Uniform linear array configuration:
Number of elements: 48
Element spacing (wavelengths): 0.5
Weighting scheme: binomial
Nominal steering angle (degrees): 45
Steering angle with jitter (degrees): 44.379
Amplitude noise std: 0.05
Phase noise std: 0.05

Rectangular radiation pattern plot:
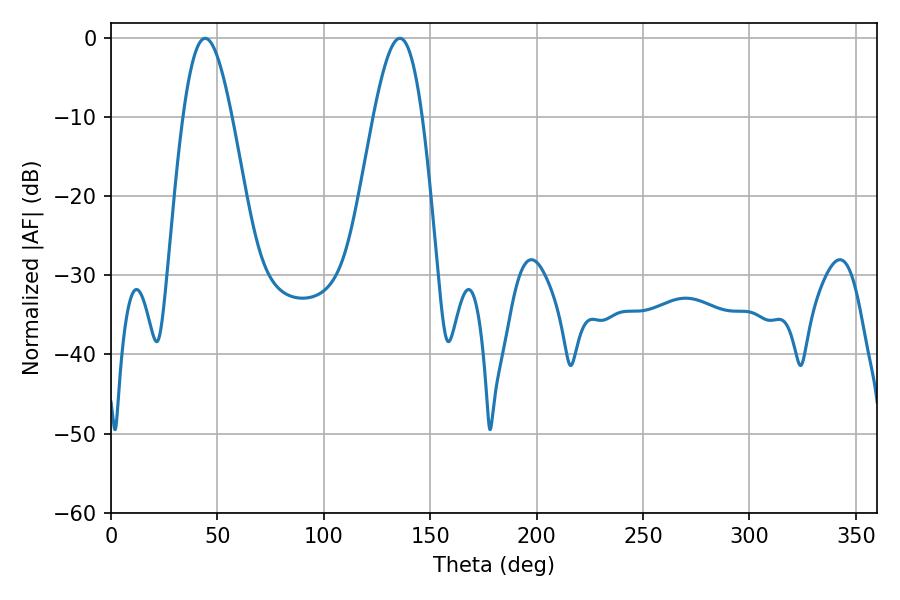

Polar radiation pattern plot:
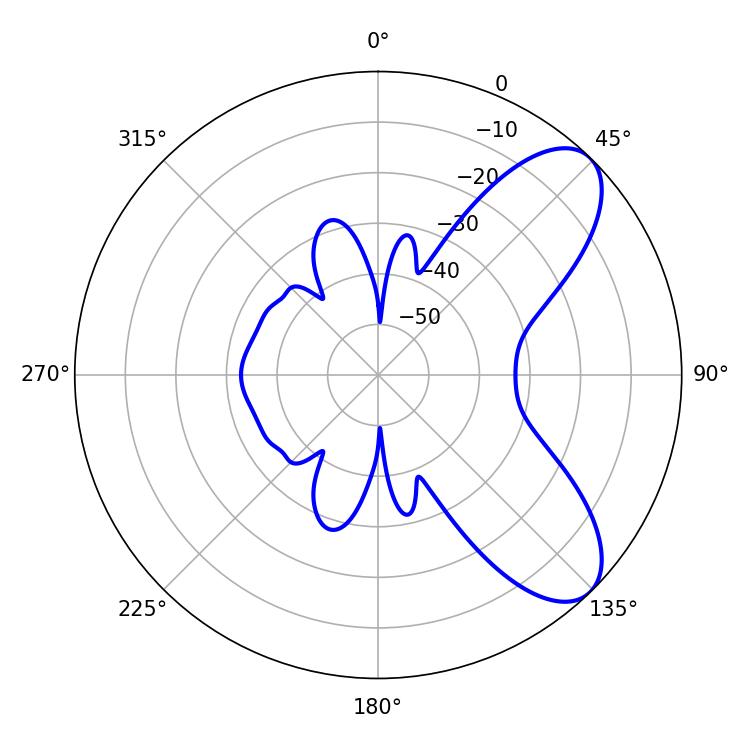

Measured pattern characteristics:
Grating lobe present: FALSE
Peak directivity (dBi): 7.825
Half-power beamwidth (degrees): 12.42
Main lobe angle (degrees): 44.28